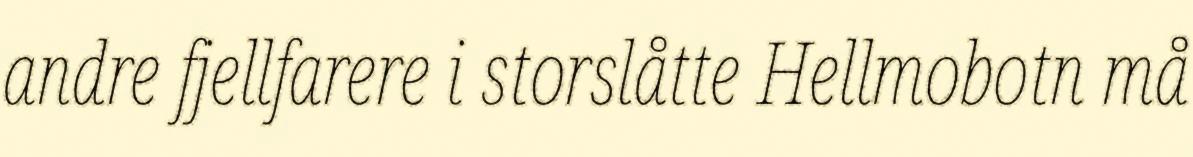
andre fjellfarere i storslåtte Hellmobotn må